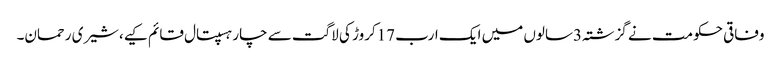
وفاقی حکومت نے گزشتہ3سالوں میں ایک ارب 17کروڑ کی لاگت سے چار ہسپتال قائم کیے،شیری رحمان۔